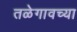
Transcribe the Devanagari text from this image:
तळेगावच्या